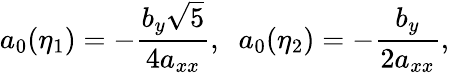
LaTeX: a_{0}(\eta_{1})=-\frac{b_{y}\sqrt{5}}{4a_{xx}},\; \; a_{0}(\eta_{2})=-\frac{b_{y}}{2a_{xx}},